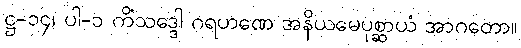
ဋ္ဌ-၁၄၊ ပါ-၁ ကိံသဒ္ဒေါ ဂရဟဏေ အနိယမေပုစ္ဆာယံ အာဂတော။